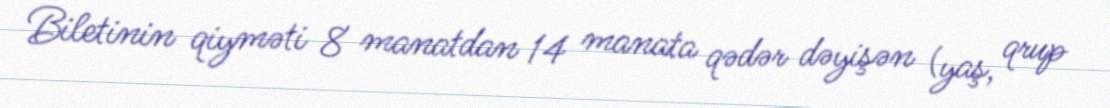
Biletinin qiyməti 8 manatdan 14 manata qədər dəyişən (yaş, qrup